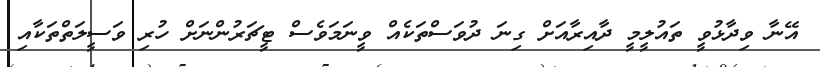
އޭނާ ވިދާޅުވީ ތައުލީމީ ދާއިރާއަށް ގިނަ ދުވަސްތަކެއް ވީނަމަވެސް ޓީޗަރުންނަށް ހުރި ވަސީލަތްތަކާއި